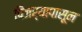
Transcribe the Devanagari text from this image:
पिंजर्‍यापासून